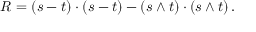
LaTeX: R = ( s - t ) \cdot ( s - t ) - ( s \wedge t ) \cdot ( s \wedge t ) \, .